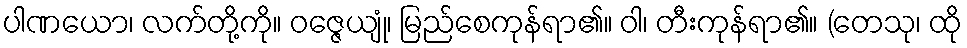
ပါဏယော၊ လက်တို့ကို။ ဝဇ္ဇေယျုံ၊ မြည်စေကုန်ရာ၏။ ဝါ၊ တီးကုန်ရာ၏။ (တေသု၊ ထို